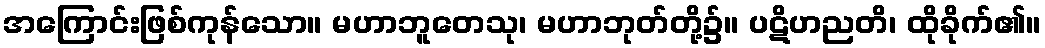
အကြောင်းဖြစ်ကုန်သော။ မဟာဘူတေသု၊ မဟာဘုတ်တို့၌။ ပဋိဟညတိ၊ ထိုခိုက်၏။